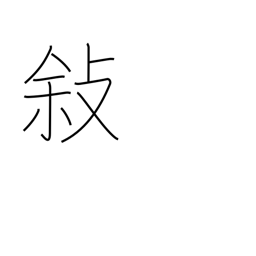
Meaning: relate